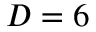
D = 6